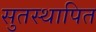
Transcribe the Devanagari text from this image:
सुतस्थापित